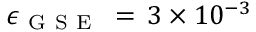
\epsilon _ { \mathrm { ~ G ~ S ~ E ~ } } \, = \, 3 \times 1 0 ^ { - 3 }